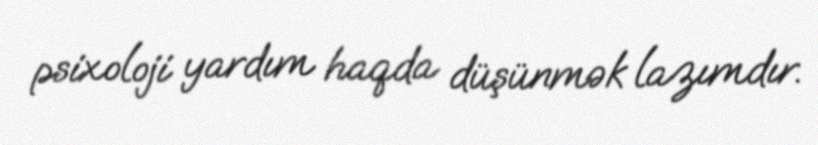
psixoloji yardım haqda düşünmək lazımdır.